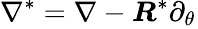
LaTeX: \nabla^{*}=\nabla-\boldsymbol{R}^{*}\partial_{\theta_{}}